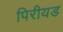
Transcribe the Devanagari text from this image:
पिरीयड